Rules and regulations of the two years' vernacular class
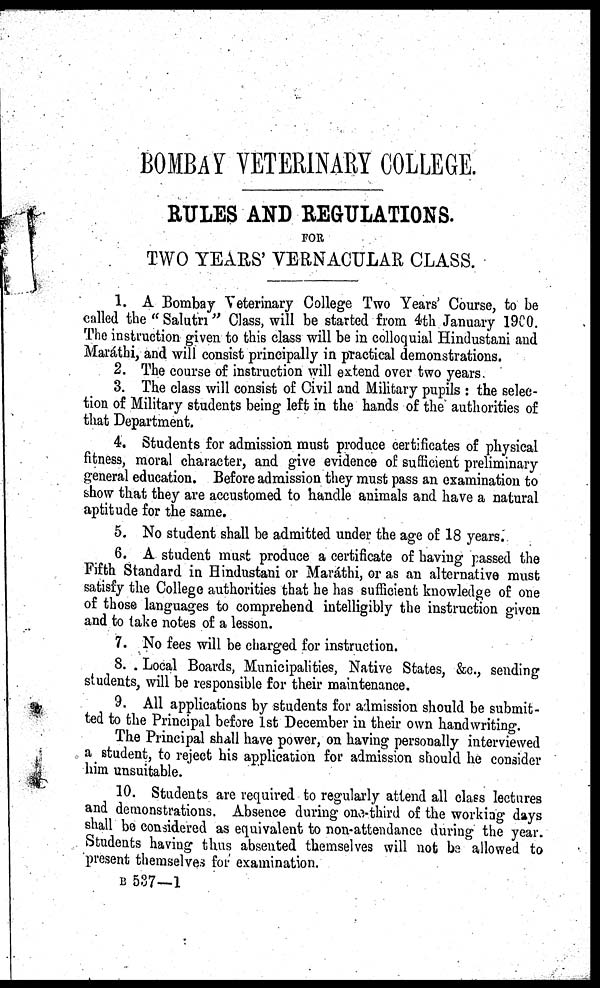
BOMBAY VETERINARY COLLEGE.
RULES AND REGULATIONS.
FOR
TWO YEARS' VERNACULAR CLASS.
1. A Bombay Veterinary College Two Years' Course, to be
called the " Salutri " Class, will be started from 4th January 1900.
The instruction given to this class will be in colloquial Hindustani and
Maráthi, and will consist principally in practical demonstrations.
2. The course of instruction will extend over two years
3. The class will consist of Civil and Military pupils : the selec-
tion of Military students being left in the hands of the authorities of
that Department.
4. Students for admission must produce certificates of physical
fitness, moral character, and give evidence of sufficient preliminary
general education. Before admission they must pass an examination to
show that they are accustomed to handle animals and have a natural
aptitude for the same.
5. No student shall be admitted under the age of 18 years.
6. A student must produce a certificate of having passed the
Fifth Standard in Hindustani or Maráthi, or as an alternative must
satisfy the College authorities that he has sufficient knowledge of one
of those languages to comprehend intelligibly the instruction given
and to take notes of a lesson.
7. No fees will be charged for instruction.
8. Local Boards, Municipalities, Native States, &c., sending
students, will be responsible for their maintenance.
9. All applications by students for admission should be submit-
ted to the Principal before 1st December in their own handwriting.
The Principal shall have power, on having personally interviewed
a student, to reject his application for admission should he consider
him unsuitable.
10. Students are required to regularly attend all class lectures
and demonstrations. Absence during one-third of the working days
shall be considered as equivalent to non-attendance during the year.
Students having thus absented themselves will not be allowed to
present themselves for examination.
B 537—1